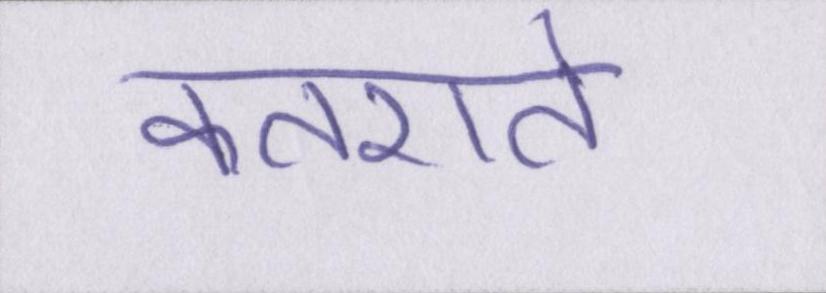
कतराते